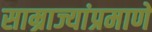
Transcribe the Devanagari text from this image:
साम्राज्यांप्रमाणे